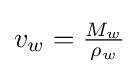
{\textstyle v_{w}={\frac {M_{w}}{\rho _{w}}}}